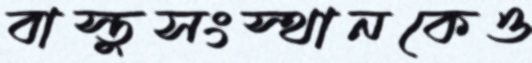
বাস্তুসংস্থানকেও